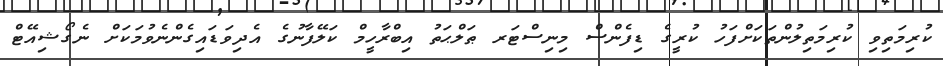
ކުރިމަތިވި ކުރިމަތިލުންތަކަށްފަހު ކުރީގެ ޑިފެންސް މިނިސްޓަރ ޠަލްޙަތު އިބްރާހީމް ކަލޭފާނުގެ އެދިވަޑައިގެންނެވުމަކަށް ނެގޯޝިއޭޓް